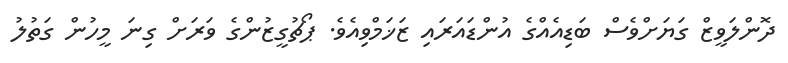
ދޮންލަވީޒް ގަޔަށްވެސް ބަޑިއެއްގެ އުންޑައަރައި ޒަޚަމްވިއެވެ. ޕޯޗުގީޒުންގެ ވަރަށް ގިނަ މީހުން ގަތުލު